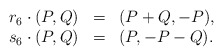
\begin{align*}\begin{array}{rcl}r_6\cdot (P,Q) & = & (P+Q,-P),\\s_6\cdot (P,Q) & = & (P,-P-Q).\end{array}\end{align*}